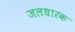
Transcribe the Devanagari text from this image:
जलधारक